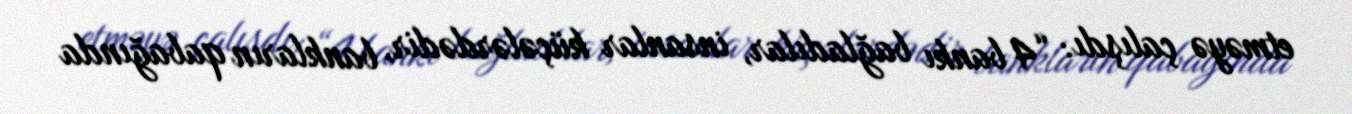
etməyə çalışdı: “4 bankı bağladılar, insanlar küçələrdədir, bankların qabağında